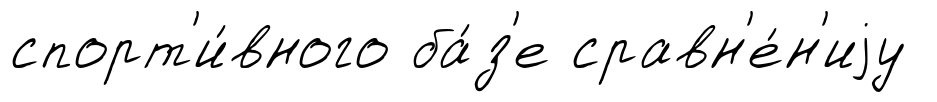
спорт'и́вного ба́з'е сравн'е́н'иjу